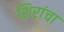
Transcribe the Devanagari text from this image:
शिरांचा